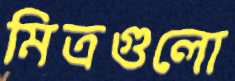
মিত্রগুলো